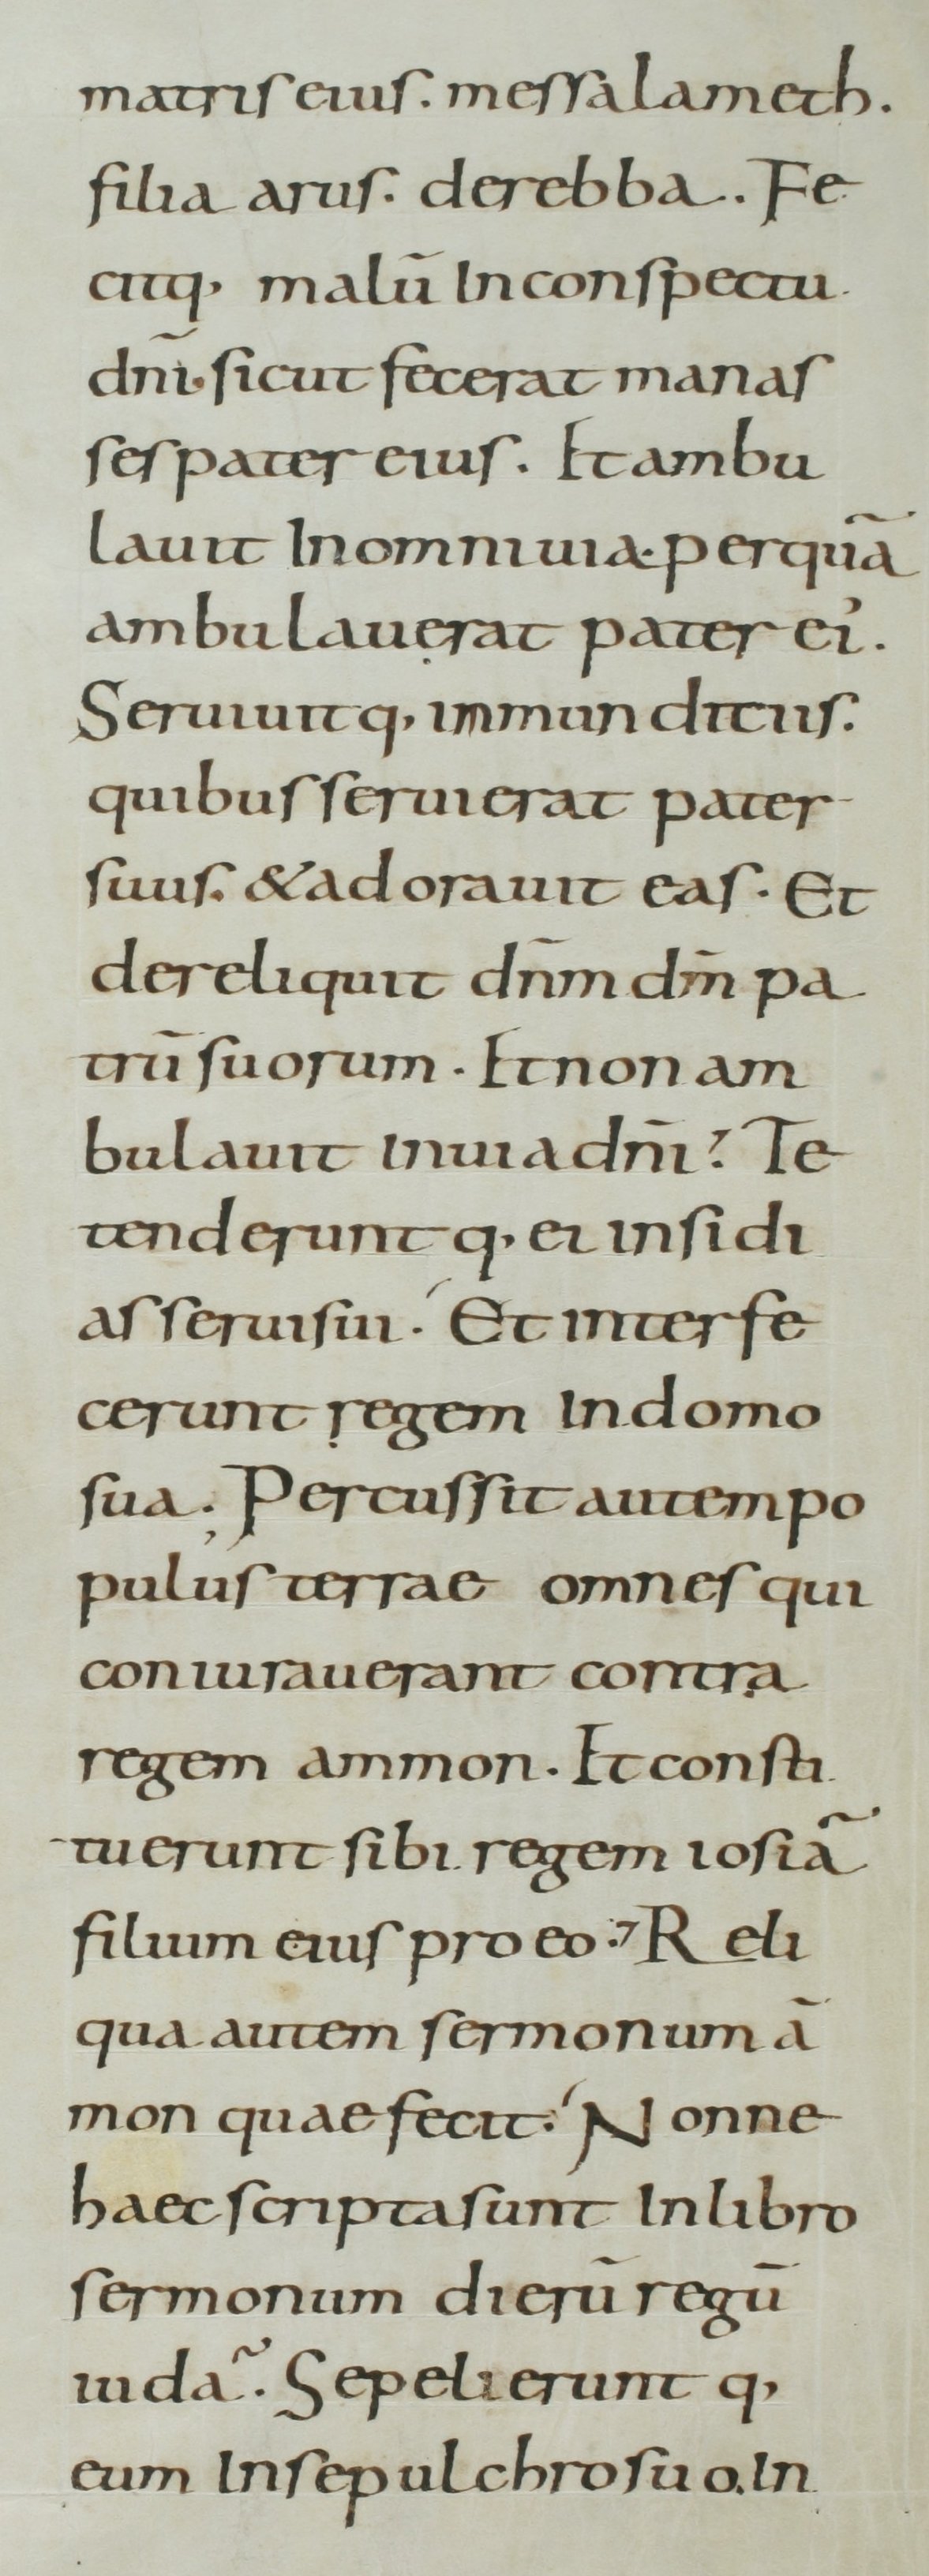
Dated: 800–899